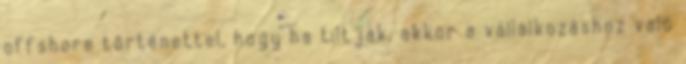
offshore történettel, hogy ha tiltják, akkor a vállalkozáshoz való